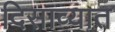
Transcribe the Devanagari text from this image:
दिसाव्यात